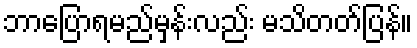
ဘာပြောရမည်မှန်းလည်း မသိတတ်ပြန်။